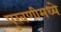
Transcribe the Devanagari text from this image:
पुरवणीमध्ये